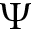
\Psi